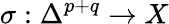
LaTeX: \sigma:\Delta^{p+q}\rightarrow X